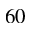
^ Ḋ 6 0 Ḍ